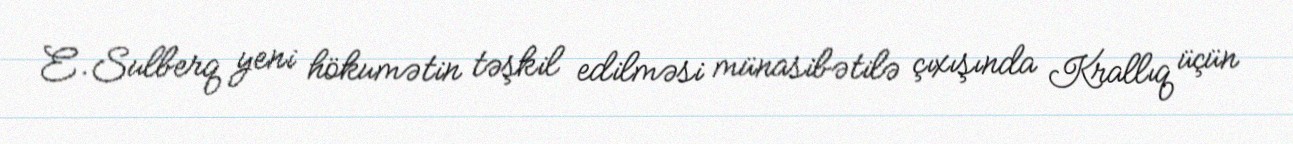
E.Sulberq yeni hökumətin təşkil edilməsi münasibətilə çıxışında Krallıq üçün